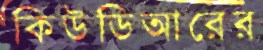
কিউডিআরের